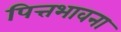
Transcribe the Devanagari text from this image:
पित्तभावना